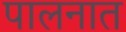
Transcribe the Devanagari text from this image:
पालनात